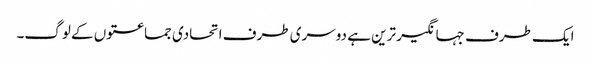
ایک طرف جہانگیر ترین ہے دوسری طرف اتحادی جماعتوں کے لوگ۔